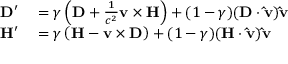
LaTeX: \begin{array} { r l } { \mathbf { D } ^ { \prime } } & { { } = \gamma \left( \mathbf { D } + { \frac { 1 } { c ^ { 2 } } } \mathbf { v } \times \mathbf { H } \right) + ( 1 - \gamma ) ( \mathbf { D } \cdot \mathbf { \hat { v } } ) \mathbf { \hat { v } } } \\ { \mathbf { H } ^ { \prime } } & { { } = \gamma \left( \mathbf { H } - \mathbf { v } \times \mathbf { D } \right) + ( 1 - \gamma ) ( \mathbf { H } \cdot \mathbf { \hat { v } } ) \mathbf { \hat { v } } } \end{array}